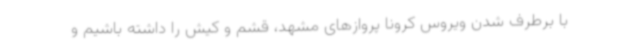
با برطرف شدن ویروس کرونا پروازهای مشهد، قشم و کیش را داشته باشیم و